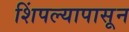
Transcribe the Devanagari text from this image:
शिंपल्यापासून